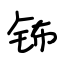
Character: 钸